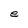
Character: e